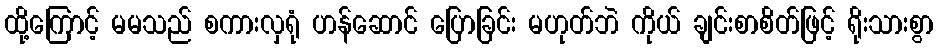
ထို့ကြောင့် မမသည် စကားလှရုံ ဟန်ဆောင် ပြောခြင်း မဟုတ်ဘဲ ကိုယ် ချင်းစာစိတ်ဖြင့် ရိုးသားစွာ